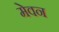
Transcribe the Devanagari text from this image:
मेवन